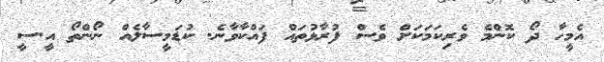
އެމީހާ ދޯ ކޮންމެ ވެރިކަމަކަށް ވެސް ފުރާޅުތައް ފައްކާވާނެ. ކުޑަމީސާލެއް ނޯންތޯ އީ.ސީ